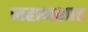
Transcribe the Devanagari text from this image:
जहानशाह